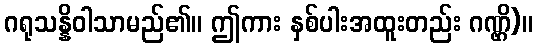
ဂရုသန္နိဝါသာမည်၏။ ဤကား နှစ်ပါးအထူးတည်း ဂဏ္ဌိ)။